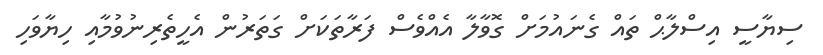
ސިޔާސީ އިސްލާޙް ތައް ގެނައުމަށް ގޮވާލާ އެއްވެސް ފަރާތަކަށް ގަތަރުން އެހީތެރިނުވުމާއި ހިޔާވަހި